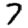
Digit: 7